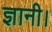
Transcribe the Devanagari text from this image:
ज्ञानी।